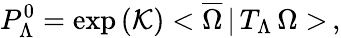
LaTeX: P_{\Lambda}^{0}=\exp\left(\mathcal{K}\right)<\overline{{{\Omega}}}\, |\, T_{\Lambda}\, \Omega>\, ,